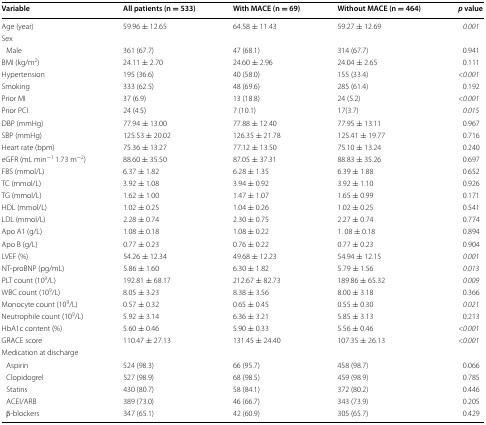
<table><thead><tr><td><b>Variable</b></td><td><b>All patients (n = 533)</b></td><td><b>With MACE (n = 69)</b></td><td><b>Without MACE (n = 464)</b></td><td><b><i>p</i> value</b></td></tr></thead><tbody><tr><td>Age (year)</td><td>59.96 ± 12.65</td><td>64.58 ± 11.43</td><td>59.27 ± 12.69</td><td><i>0.001</i></td></tr><tr><td colspan="5">Sex</td></tr><tr><td> Male</td><td>361 (67.7)</td><td>47 (68.1)</td><td>314 (67.7)</td><td>0.941</td></tr><tr><td>BMI (kg/m<sup>2</sup>)</td><td>24.11 ± 2.70</td><td>24.60 ± 2.96</td><td>24.04 ± 2.65</td><td>0.111</td></tr><tr><td>Hypertension</td><td>195 (36.6)</td><td>40 (58.0)</td><td>155 (33.4)</td><td><i>&lt;0.001</i></td></tr><tr><td>Smoking</td><td>333 (62.5)</td><td>48 (69.6)</td><td>285 (61.4)</td><td>0.192</td></tr><tr><td>Prior MI</td><td>37 (6.9)</td><td>13 (18.8)</td><td>24 (5.2)</td><td><i>&lt;0.001</i></td></tr><tr><td>Prior PCI</td><td>24 (4.5)</td><td>7 (10.1)</td><td>17(3.7)</td><td><i>0.015</i></td></tr><tr><td>DBP (mmHg)</td><td>77.94 ± 13.00</td><td>77.88 ± 12.40</td><td>77.95 ± 13.11</td><td>0.967</td></tr><tr><td>SBP (mmHg)</td><td>125.53 ± 20.02</td><td>126.35 ± 21.78</td><td>125.41 ± 19.77</td><td>0.716</td></tr><tr><td>Heart rate (bpm)</td><td>75.36 ± 13.27</td><td>77.12 ± 13.50</td><td>75.10 ± 13.24</td><td>0.240</td></tr><tr><td>eGFR (mL min<sup>−1</sup> 1.73 m<sup>−2</sup>)</td><td>88.60 ± 35.50</td><td>87.05 ± 37.31</td><td>88.83 ± 35.26</td><td>0.697</td></tr><tr><td>FBS (mmol/L)</td><td>6.37 ± 1.82</td><td>6.28 ± 1.35</td><td>6.39 ± 1.88</td><td>0.652</td></tr><tr><td>TC (mmol/L)</td><td>3.92 ± 1.08</td><td>3.94 ± 0.92</td><td>3.92 ± 1.10</td><td>0.926</td></tr><tr><td>TG (mmol/L)</td><td>1.62 ± 1.00</td><td>1.47 ± 1.07</td><td>1.65 ± 0.99</td><td>0.171</td></tr><tr><td>HDL (mmol/L)</td><td>1.02 ± 0.25</td><td>1.04 ± 0.26</td><td>1.02 ± 0.25</td><td>0.541</td></tr><tr><td>LDL (mmol/L)</td><td>2.28 ± 0.74</td><td>2.30 ± 0.75</td><td>2.27 ± 0.74</td><td>0.774</td></tr><tr><td>Apo A1 (g/L)</td><td>1.08 ± 0.18</td><td>1.08 ± 0.22</td><td>1. 08 ± 0.18</td><td>0.894</td></tr><tr><td>Apo B (g/L)</td><td>0.77 ± 0.23</td><td>0.76 ± 0.22</td><td>0.77 ± 0.23</td><td>0.904</td></tr><tr><td>LVEF (%)</td><td>54.26 ± 12.34</td><td>49.68 ± 12.23</td><td>54.94 ± 12.15</td><td><i>0.001</i></td></tr><tr><td>NT-proBNP (pg/mL)</td><td>5.86 ± 1.60</td><td>6.30 ± 1.82</td><td>5.79 ± 1.56</td><td><i>0.013</i></td></tr><tr><td>PLT count (10<sup>9</sup>/L)</td><td>192.81 ± 68.17</td><td>212.67 ± 82.73</td><td>189.86 ± 65.32</td><td><i>0.009</i></td></tr><tr><td>WBC count (10<sup>9</sup>/L)</td><td>8.05 ± 3.23</td><td>8.38 ± 3.56</td><td>8.00 ± 3.18</td><td>0.366</td></tr><tr><td>Monocyte count (10<sup>9</sup>/L)</td><td>0.57 ± 0.32</td><td>0.65 ± 0.45</td><td>0.55 ± 0.30</td><td><i>0.021</i></td></tr><tr><td>Neutrophile count (10<sup>9</sup>/L)</td><td>5.92 ± 3.14</td><td>6.36 ± 3.21</td><td>5.85 ± 3.13</td><td>0.213</td></tr><tr><td>HbA1c content (%)</td><td>5.60 ± 0.46</td><td>5.90 ± 0.33</td><td>5.56 ± 0.46</td><td><i>&lt;0.001</i></td></tr><tr><td>GRACE score</td><td>110.47 ± 27.13</td><td>131.45 ± 24.40</td><td>107.35 ± 26.13</td><td><i>&lt;0.001</i></td></tr><tr><td colspan="5">Medication at discharge</td></tr><tr><td> Aspirin</td><td>524 (98.3)</td><td>66 (95.7)</td><td>458 (98.7)</td><td>0.066</td></tr><tr><td> Clopidogrel</td><td>527 (98.9)</td><td>68 (98.5)</td><td>459 (98.9)</td><td>0.785</td></tr><tr><td> Statins</td><td>430 (80.7)</td><td>58 (84.1)</td><td>372 (80.2)</td><td>0.446</td></tr><tr><td> ACEI/ARB</td><td>389 (73.0)</td><td>46 (66.7)</td><td>343 (73.9)</td><td>0.205</td></tr><tr><td> β-blockers</td><td>347 (65.1)</td><td>42 (60.9)</td><td>305 (65.7)</td><td>0.429</td></tr></tbody></table>